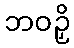
ဘဝဉှိ